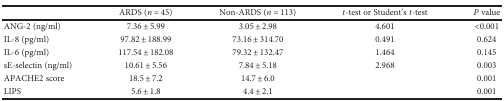
<table><thead><tr><td></td><td><b>ARDS (<i>n</i> = 45)</b></td><td><b>Non-ARDS (<i>n</i> = 113)</b></td><td><b><i>t</i>-test or Student&#x27;s <i>t</i>-test</b></td><td><b><i>P</i> value</b></td></tr></thead><tbody><tr><td>ANG-2 (ng/ml)</td><td>7.36 ± 5.99</td><td>3.05 ± 2.98</td><td>4.601</td><td>&lt;0.001</td></tr><tr><td>IL-8 (pg/ml)</td><td>97.82 ± 188.99</td><td>73.16 ± 314.70</td><td>0.491</td><td>0.624</td></tr><tr><td>IL-6 (pg/ml)</td><td>117.54 ± 182.08</td><td>79.32 ± 132.47</td><td>1.464</td><td>0.145</td></tr><tr><td>sE-selectin (ng/ml)</td><td>10.61 ± 5.56</td><td>7.84 ± 5.18</td><td>2.968</td><td>0.003</td></tr><tr><td>APACHE2 score</td><td>18.5 ± 7.2</td><td>14.7 ± 6.0</td><td></td><td>0.001</td></tr><tr><td>LIPS</td><td>5.6 ± 1.8</td><td>4.4 ± 2.1</td><td></td><td>0.001</td></tr></tbody></table>